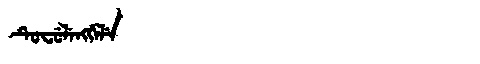
Manchu: ᡨᡠᠸᡠᠯᡝᠩᡤᡝᠯᡝ
Romanization: TUFULENGGELE